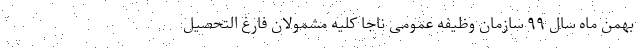
بهمن ماه سال ۹۹ سازمان وظیفه عمومی ناجا کلیه مشمولان فارغ التحصیل